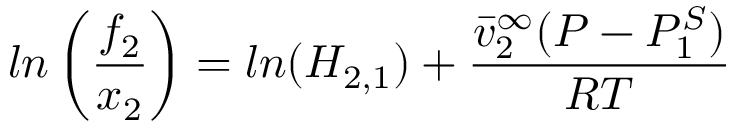
l n \left( \frac { f _ { 2 } } { x _ { 2 } } \right) = l n ( H _ { 2 , 1 } ) + \frac { \bar { v } _ { 2 } ^ { \infty } ( P - P _ { 1 } ^ { S } ) } { R T }